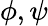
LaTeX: \phi,\psi